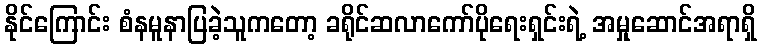
နိုင်ကြောင်း စံနမူနာပြခဲ့သူကတော့ ခရိုင်ဆလာကော်ပိုရေးရှင်းရဲ့ အမှုဆောင်အရာရှိ